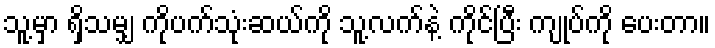
သူ့မှာ ရှိသမျှ ကိုပက်သုံးဆယ်ကို သူ့လက်နဲ့ ကိုင်ပြီး ကျုပ်ကို ပေးတာ။